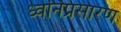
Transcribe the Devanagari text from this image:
ध्वनिप्रसारण